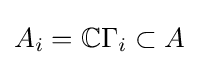
A_{i}=\mathbb {C} \Gamma _{i}\subset A